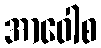
အာဝေါစ